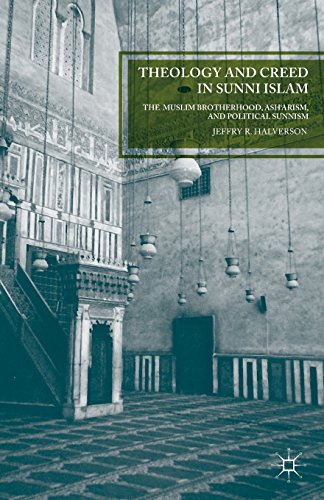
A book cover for Theology and Creed in Sunni Islam: The Muslim Brotherhood, Ash'arism, and Political Sunnism; Jeffry R. Halverson; Religion & Spirituality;